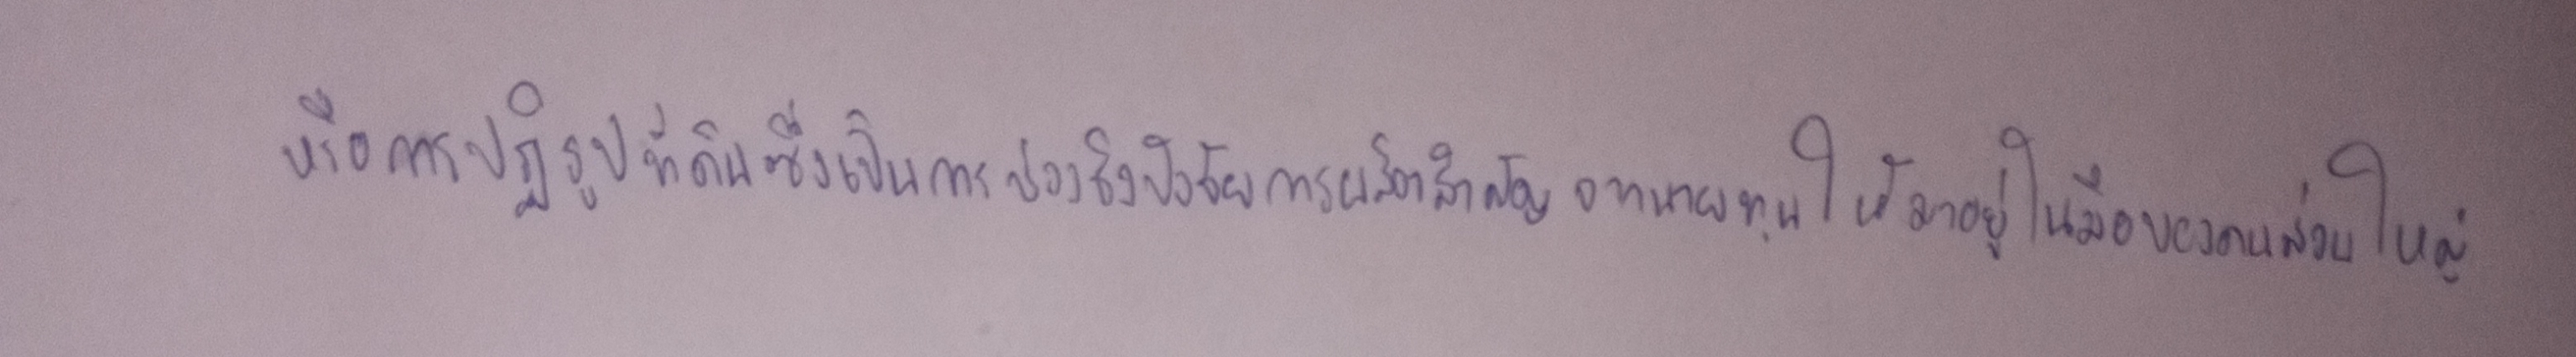
หรือการปฏิรูปที่ดินซึ่งเป็นการช่วงชิงปัจจัยการผลิตสำคัญจากนายทุนให้มาอยู่ในมือของคนส่วนใหญ่